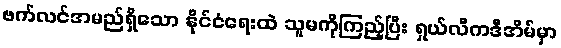
ဗက်လင်အမည်ရှိသော နိုင်ငံရေးထဲ သူမကိုကြည့်ပြီး ရှယ်လီကဒီအိမ်မှာ